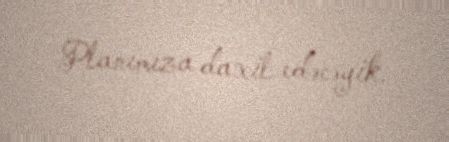
Planımıza daxil edəcəyik.